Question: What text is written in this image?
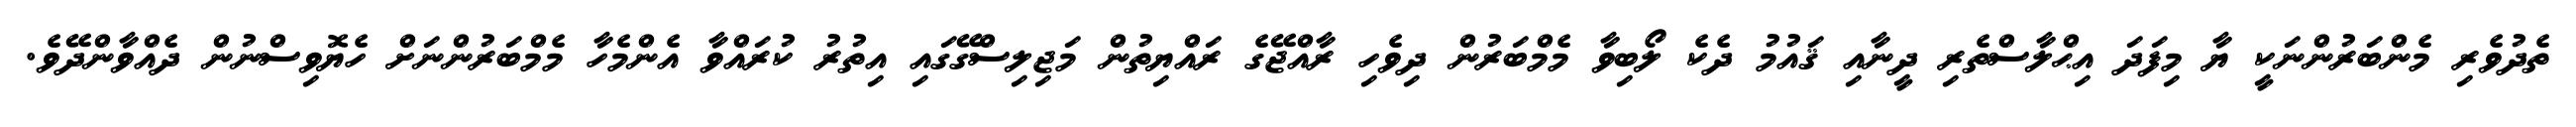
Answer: ތެދުވެރި މެންބަރުންނަކީ ޔާ މިފަދަ އިޙްލާސްތެރި ދީނާއި ޤައުމު ދެކެ ލޯބިވާ މެމްބަރުން ދިވެހި ރާއްޖޭގެ ރައްޔިތުން މަޖިލިސްގޭގައި އިތުރު ކުރައްވާ އެންމެހާ މެމްބަރުންނަށް ހެޔޮވިސްނުން ދެއްވާންދޭވެ.